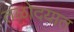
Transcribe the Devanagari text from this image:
तळोदयात